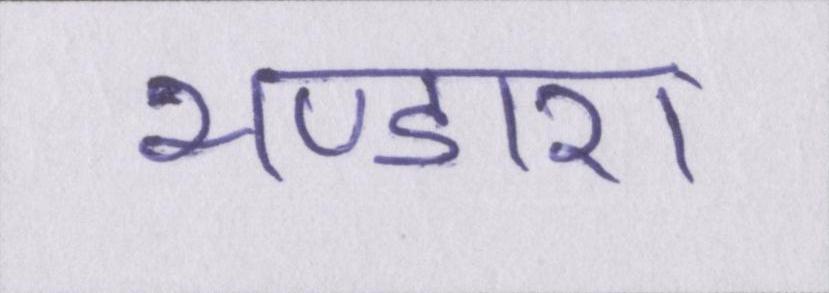
भण्डारा